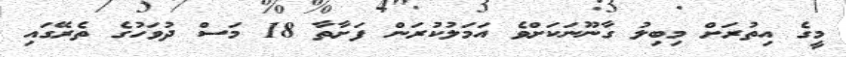
މީގެ އިތުރަށް މިބިލު ގާނޫނަކަށްވެ އަމަލުކުރަން ފަށާތާ 18 މަސް ދުވަހުގެ ތެރޭގައި